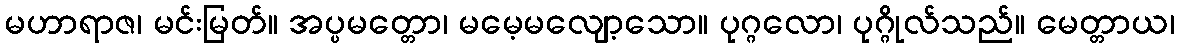
မဟာရာဇ၊ မင်းမြတ်။ အပ္ပမတ္တော၊ မမေ့မလျော့သော။ ပုဂ္ဂလော၊ ပုဂ္ဂိုလ်သည်။ မေတ္တာယ၊